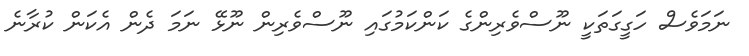
ނަމަވެސް ހަގީގަތަކީ ނޫސްވެރިންގެ ކަންކަމުގައި ނޫސްވެރިން ނޫޅޭ ނަމަ ދެން އެކަން ކުރާނެ